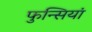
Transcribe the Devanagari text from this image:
फुन्सियां